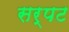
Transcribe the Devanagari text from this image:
सर्पट